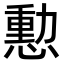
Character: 憅